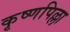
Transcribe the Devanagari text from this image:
कृष्णपिल्ला